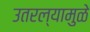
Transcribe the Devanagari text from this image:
उतरल्यामुळे